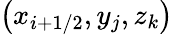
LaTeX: \left(x_{i+1/2},y_{j},z_{k}\right)